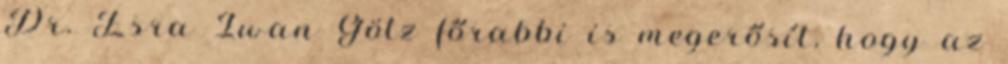
Dr. Esra Iwan Götz főrabbi is megerősít, hogy az